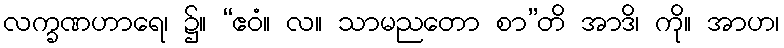
လက္ခဏဟာရေ၊ ၌။ “ဧဝံ။ လ။ သာမညတော စာ”တိ အာဒိ၊ ကို။ အာဟ၊